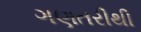
ગણતરીથી